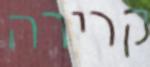
קרירה